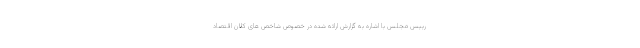
رییس مجلس با اشاره به گزارش ارائه شده در خصوص شاخص های کلان اقتصاد